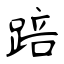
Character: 踣